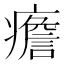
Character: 癚